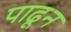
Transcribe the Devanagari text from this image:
पाढून